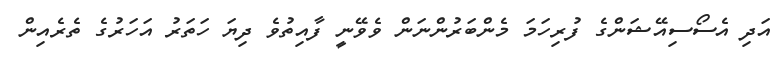
އަދި އެސޯސިއޭޝަންގެ ފުރިހަމަ މެންބަރުންނަން ވެވޭނީ ފާއިތުވެ ދިޔަ ހަތަރު އަހަރުގެ ތެރެއިން